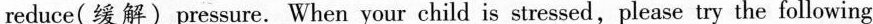
reduce(缓解)pressure. When your child is stressed,please try the following